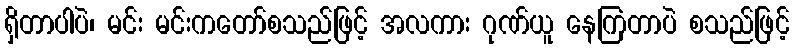
ရှိတာပါပဲ၊ မင်း မင်းကတော်စသည်ဖြင့် အလကား ဂုဏ်ယူ နေကြတာပဲ စသည်ဖြင့်